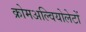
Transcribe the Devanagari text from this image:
क्रोमअल्वियोलेटों